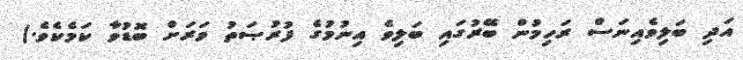
އަދި ބަލިވެއިނަސް ރަހިމުން ބޭރުގައި ބަލިވެ އިނުމުގެ ފުރުޞަތު ވަރަށް ބޮޑުވާ ކަމެކެވެ.)